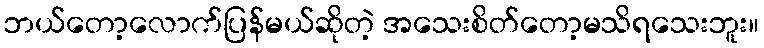
ဘယ်တော့လောက်ပြန်မယ်ဆိုတဲ့ အသေးစိတ်တော့မသိရသေးဘူး။